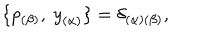
\{ p _ { ( \beta ) } , \ { y } _ { ( \alpha ) } \} = \delta _ { ( \alpha ) ( \beta ) } ,